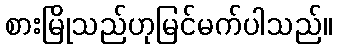
စားမြိုသည်ဟုမြင်မက်ပါသည်။